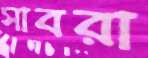
সাবরা